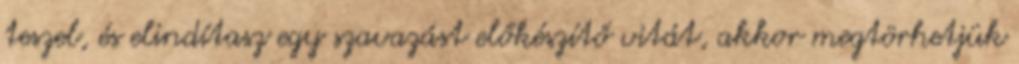
teszel, és elindítasz egy szavazást előkészítő vitát, akkor megtörhetjük